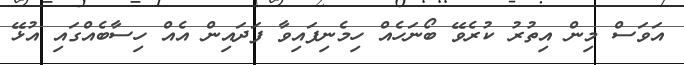
އަވަސް މިން އިތުރު ކުރެވޭ ބޯނަހެއް ހިމެނިފައިވާ ފަދައިން އެއް ހިސާބެއްގައި އުޅޭ